画像に写った文字を読んでください
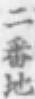
「二番地」と書いてあります